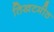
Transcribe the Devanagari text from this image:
तिखटमीठ